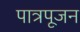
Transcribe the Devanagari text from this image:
पात्रपूजन